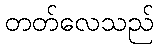
တတ်လေသည်